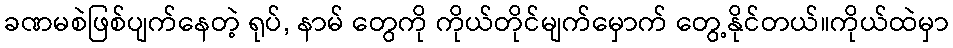
ခဏမစဲဖြစ်ပျက်နေတဲ့ ရုပ်, နာမ် တွေကို ကိုယ်တိုင်မျက်မှောက် တွေ့နိုင်တယ်။ကိုယ်ထဲမှာ